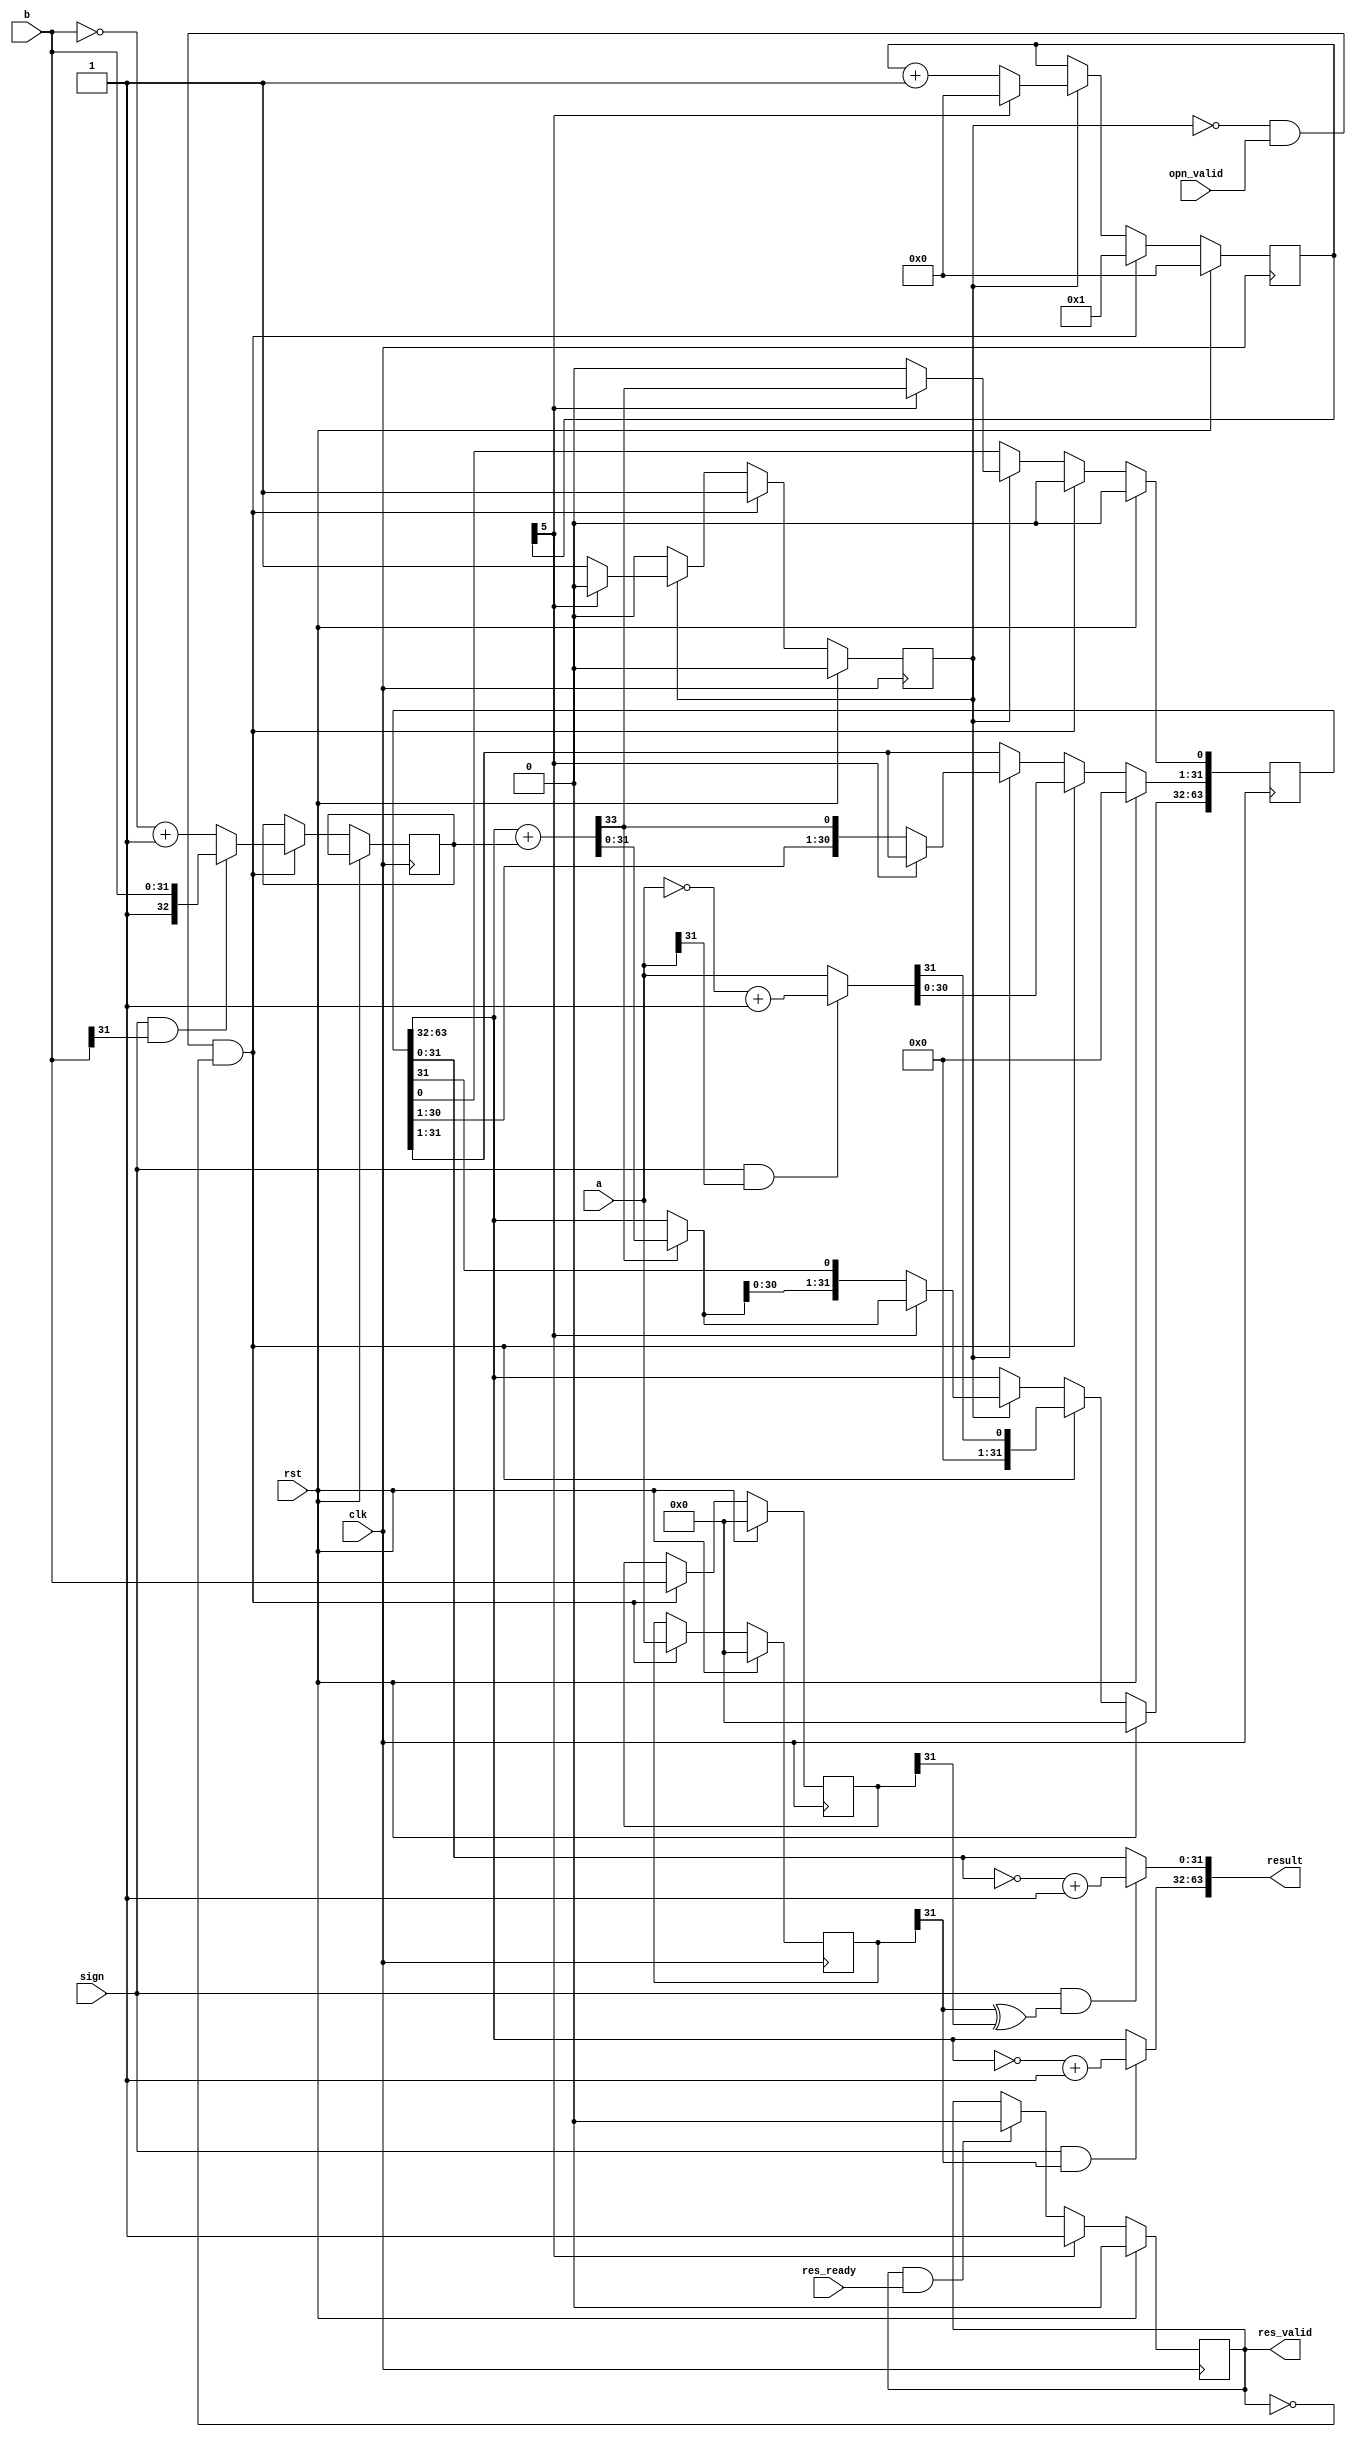


module div_radix2 (
    input wire        clk,
    input wire        rst,
    input wire [31:0] a,    //divident
    input wire [31:0] b,    //divisor
    input wire        sign, //1:signed

    input wire opn_valid,  //master
    output reg res_valid,  //slave
    input wire res_ready,  //master
    output wire [63:0] result
);
  /** 
    1. 
    2. remainer03233
    */

  reg [31:0] a_save, b_save;
  reg [  63:0] SR;  //shift register
  reg [32 : 0] NEG_DIVISOR;  //divisor 2's complement
  wire [31:0] REMAINER, QUOTIENT;
  assign REMAINER = SR[63:32];
  assign QUOTIENT = SR[31:0];

  wire [31:0] divident_abs;
  wire [32:0] divisor_abs;
  wire [31:0] remainer, quotient;

  assign divident_abs = (sign & a[31]) ? ~a + 1'b1 : a;
  //
  assign remainer = (sign & a_save[31]) ? ~REMAINER + 1'b1 : REMAINER;
  assign quotient = sign & (a_save[31] ^ b_save[31]) ? ~QUOTIENT + 1'b1 : QUOTIENT;
  assign result = {remainer, quotient};

  wire CO;
  wire [32:0] sub_result;
  wire [32:0] mux_result;
  //sub
  assign {CO, sub_result} = {1'b0, REMAINER} + NEG_DIVISOR;
  //mux
  assign mux_result = CO ? sub_result : {1'b0, REMAINER};

  //FSM
  reg [5:0] cnt;
  reg start_cnt;
  always @(posedge clk) begin
    if (rst) begin
      SR <= 0;
      a_save <= 0;
      b_save <= 0;

      cnt <= 0;
      start_cnt <= 1'b0;
    end else if (~start_cnt & opn_valid & ~res_valid) begin
      cnt <= 1;
      start_cnt <= 1'b1;
      //save a,b
      a_save <= a;
      b_save <= b;

      //Register init
      SR[63:0] <= {31'b0, divident_abs, 1'b0};  //left shift one bit initially
      NEG_DIVISOR <= (sign & b[31]) ? {1'b1, b} : ~{1'b0, b} + 1'b1;  //divisor_abs
    end else if (start_cnt) begin
      if (cnt[5]) begin  //cnt == 32
        cnt <= 0;
        start_cnt <= 1'b0;

        //Output result
        SR[63:32] <= mux_result[31:0];
        SR[0] <= CO;
      end else begin
        cnt <= cnt + 1;

        SR[63:0] <= {mux_result[30:0], SR[31:1], CO, 1'b0};  //wsl: write and shift left
      end
    end
  end

  wire data_go;
  assign data_go = res_valid & res_ready;
  always @(posedge clk) begin
    res_valid <= rst ? 1'b0 : cnt[5] ? 1'b1 : data_go ? 1'b0 : res_valid;
  end
endmodule